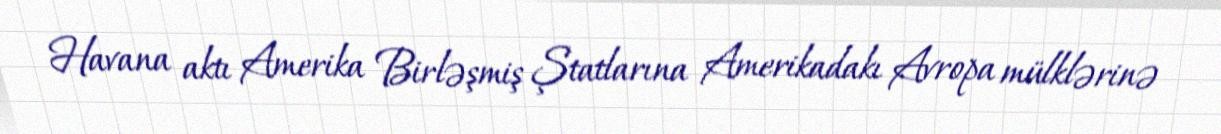
Havana aktı Amerika Birləşmiş Ştatlarına Amerikadakı Avropa mülklərinə